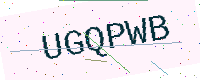
Text: UGQPWB